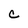
Character: C